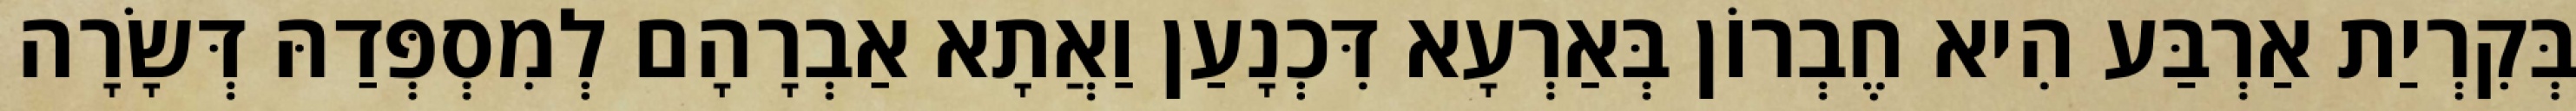
בְּקִרְיַת אַרְבַּע הִיא חֶבְרוֹן בְּאַרְעָא דִּכְנָעַן וַאֲתָא אַבְרָהָם לְמִסְפְּדַהּ דְּשָׂרָה